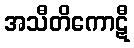
အသီတိကောဋီ